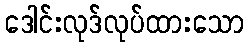
ဒေါင်းလုဒ်လုပ်ထားသော